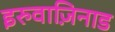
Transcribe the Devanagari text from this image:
इरुवाज़िनाड